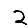
Digit: 2